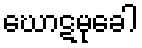
ဃောဋမုခေါ